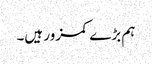
ہم بڑے کمزور ہیں۔